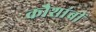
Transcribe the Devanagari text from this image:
कौशांबीं